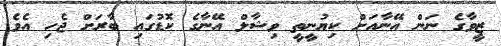
ޒީވާގެ ނަން އޭނާއަށް ކިޔުނީތީ ވިޝާލް އޭނާގެ ކޮޑުގައި ބާރަށް ޖެހި އެވެ.